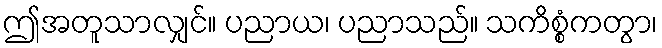
ဤအတူသာလျှင်။ ပညာယ၊ ပညာသည်။ သကိစ္စံကတွာ၊